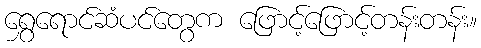
ရွှေရောင်ဆံပင်တွေက ဖြောင့်ဖြောင့်တန်းတန်း။